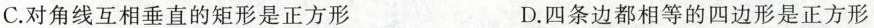
C.对角线互相垂直的矩形是正方形 D.四条边都相等的四边形是正方形